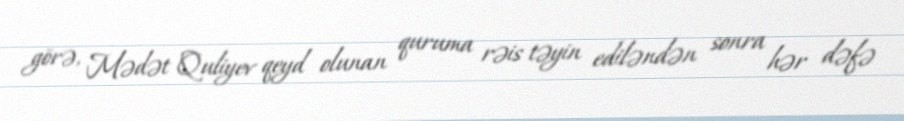
görə, Mədət Quliyev qeyd olunan quruma rəis təyin ediləndən sonra hər dəfə